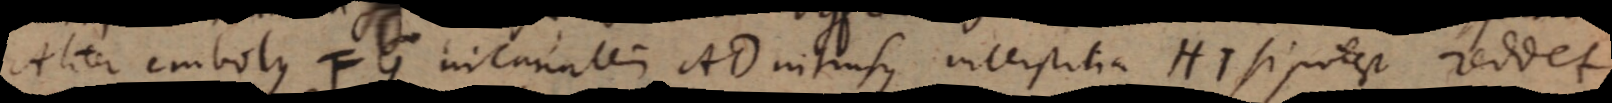
Aliter embolus FG in canalem AD intrusus interstitia HI si potest reddet